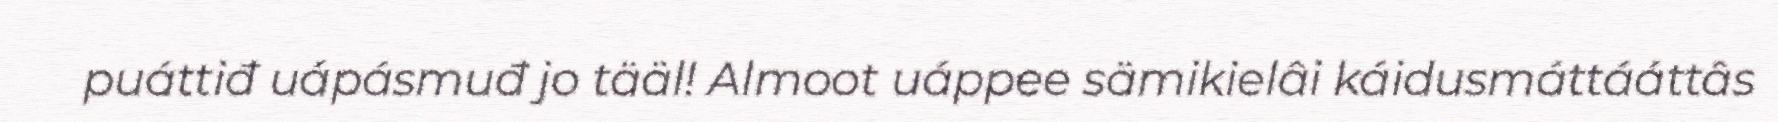
puáttiđ uápásmuđ jo tääl! Almoot uáppee sämikielâi káidusmáttááttâs